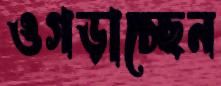
ওগড়াচ্ছেন